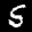
Label: 5